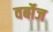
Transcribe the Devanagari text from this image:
वर्बोज